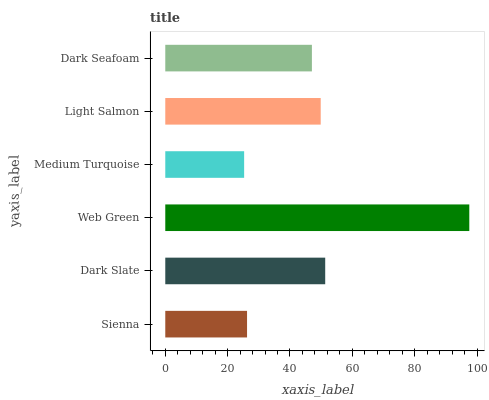
| yaxis_label | bars |
 | --- | --- |
 | Sienna | 26.2 |
 | Dark Slate | 51.3 |
 | Web Green | 97.5 |
 | Medium Turquoise | 25.3 |
 | Light Salmon | 49.9 |
 | Dark Seafoam | 47 |